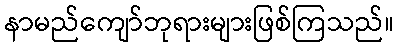
နာမည်ကျော်ဘုရားများဖြစ်ကြသည်။